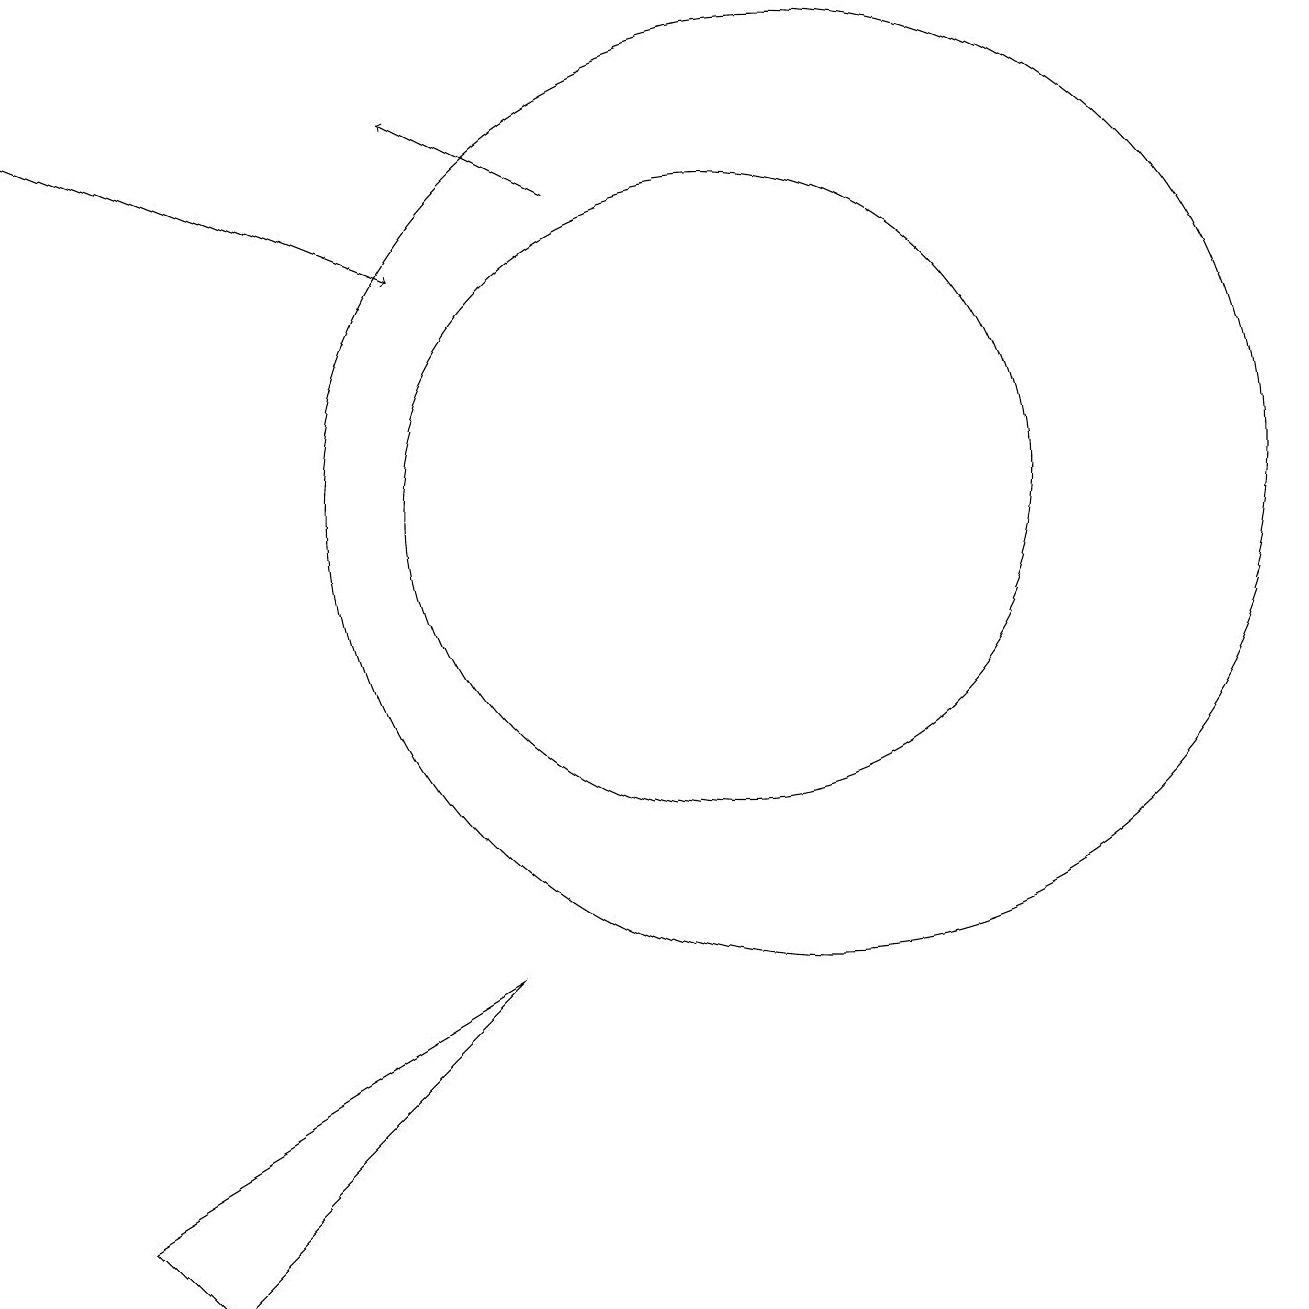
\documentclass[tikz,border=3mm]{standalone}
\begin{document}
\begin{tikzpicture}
\draw[->] (8,15) -- (6,16);
\draw[->] (1,16) -- (6,14);
\draw (10,11) circle (4);
\draw (11,11) circle (6);
\draw (3,1) -- (2,2) -- (7,5) -- cycle;
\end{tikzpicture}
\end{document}